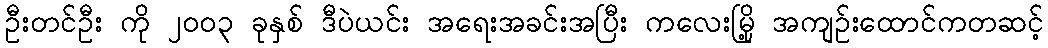
ဦးတင်ဦး ကို ၂၀၀၃ ခုနှစ် ဒီပဲယင်း အရေးအခင်းအပြီး ကလေးမြို့ အကျဉ်းထောင်ကတဆင့်